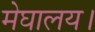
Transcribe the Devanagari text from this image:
मेघालय।